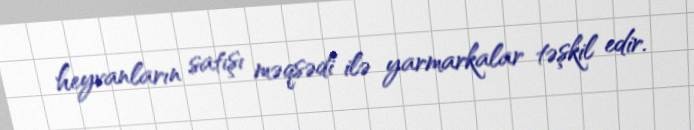
heyvanların satışı məqsədi ilə yarmarkalar təşkil edir.